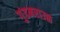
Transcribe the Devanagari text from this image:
गुंडमराउळ